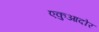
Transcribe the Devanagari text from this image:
एकुआदोर